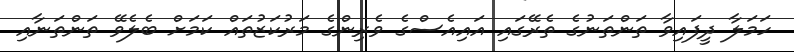
ހަމަލާ ދީފައިވާ ތަންތަނުގެ ތެރޭގައި އައިއެސްގެ ވެރިންގެ މަރުކަޒުތައް ކަމަށް ބެލެވޭ ތަންތަނާއި